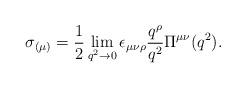
LaTeX: \begin{align*}\sigma_{(\mu)}=\frac{1}{2}\lim_{q^2\to 0} \epsilon_{\mu\nu\rho} \frac{q^\rho }{q^2}\Pi^{\mu\nu}(q^2). \end{align*}